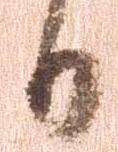
日